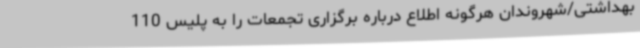
بهداشتی/شهروندان هرگونه اطلاع درباره برگزاری تجمعات را به پلیس 110